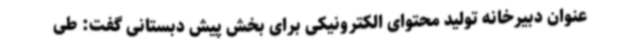
عنوان دبیرخانه تولید محتوای الکترونیکی برای بخش پیش دبستانی گفت: طی